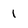
Character: 1